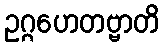
ဥဂ္ဂဟေတဗ္ဗာတိ